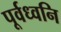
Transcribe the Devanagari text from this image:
पूर्वध्वनि